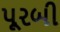
પૂરબી